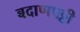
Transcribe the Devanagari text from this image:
बदाणपट्टी